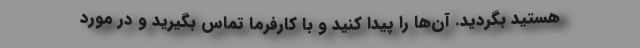
هستید بگردید. آن‌ها را پیدا کنید و با کارفرما تماس بگیرید و در مورد